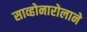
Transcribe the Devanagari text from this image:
साव्होनारोलाने